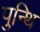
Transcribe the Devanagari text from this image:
पुन्थि